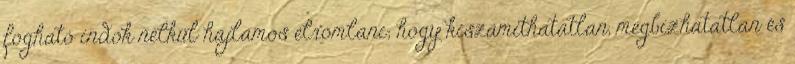
fogható indok nélkül hajlamos elromlani; hogy kiszámíthatatlan, megbízhatatlan és